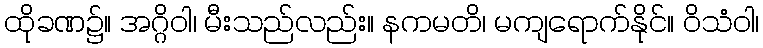
ထိုခဏ၌။ အဂ္ဂိဝါ၊ မီးသည်လည်း။ နကမတိ၊ မကျရောက်နိုင်။ ဝိသံဝါ၊